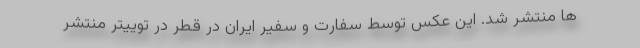
ها منتشر شد. این عکس توسط سفارت و سفیر ایران در قطر در توییتر منتشر